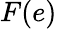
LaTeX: F(e)